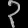
Digit: ၃